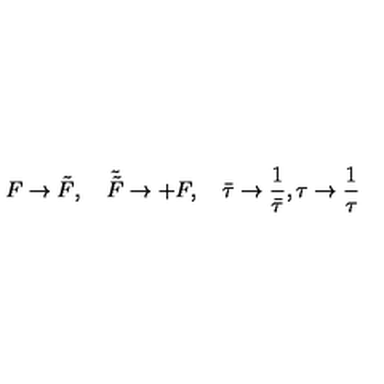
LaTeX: F \rightarrow { \tilde { F } } , \quad { \tilde { \tilde { F } } } \rightarrow + F , \quad \bar { \tau } \rightarrow \frac { 1 } { \bar { \tau } } , \tau \rightarrow \frac { 1 } { \tau }